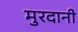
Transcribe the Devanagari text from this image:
मुरदानी